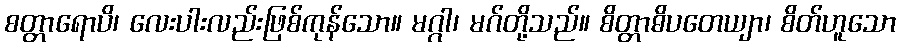
စတ္တာရောပိ၊ လေးပါးလည်းဖြစ်ကုန်သော။ မဂ္ဂါ၊ မဂ်တို့သည်။ စိတ္တာဓိပတေယျာ၊ စိတ်ဟူသော